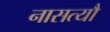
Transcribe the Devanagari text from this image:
नासत्यौ